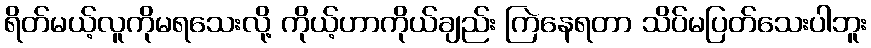
ရိတ်မယ့်လူကိုမရသေးလို့ ကိုယ့်ဟာကိုယ်ချည်း ကြဲနေရတာ သိပ်မပြတ်သေးပါဘူး